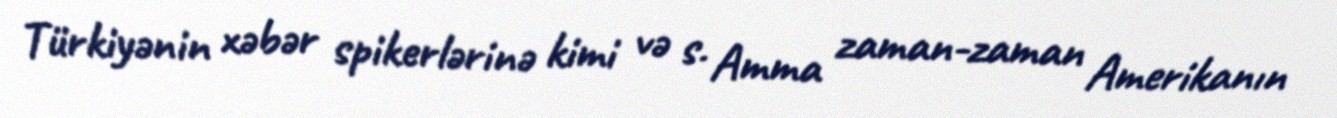
Türkiyənin xəbər spikerlərinə kimi və s. Amma zaman-zaman Amerikanın